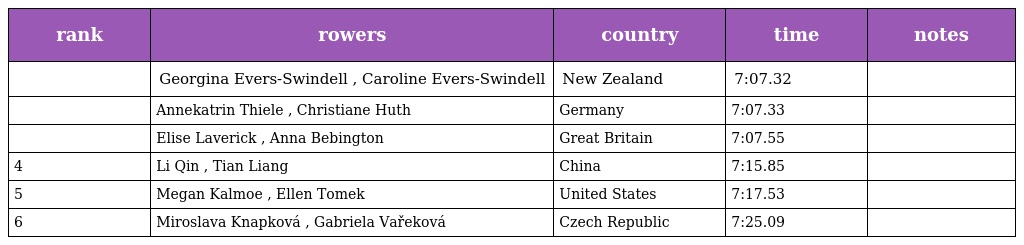
| rank | rowers | country | time | notes |
 | --- | --- | --- | --- | --- |
 |  | Georgina Evers-Swindell , Caroline Evers-Swindell | New Zealand | 7:07.32 |  |
 |  | Annekatrin Thiele , Christiane Huth | Germany | 7:07.33 |  |
 |  | Elise Laverick , Anna Bebington | Great Britain | 7:07.55 |  |
 | 4 | Li Qin , Tian Liang | China | 7:15.85 |  |
 | 5 | Megan Kalmoe , Ellen Tomek | United States | 7:17.53 |  |
 | 6 | Miroslava Knapková , Gabriela Vařeková | Czech Republic | 7:25.09 |  |